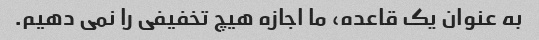
به عنوان یک قاعده، ما اجازه هیچ تخفیفی را نمی دهیم.